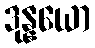
ဒုန္နယော